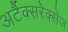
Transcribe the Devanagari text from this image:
अर्टैक्सरेक्सेज